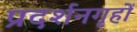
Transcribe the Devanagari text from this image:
प्रदर्शनगृहों